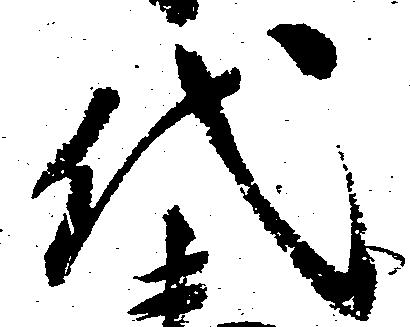
代